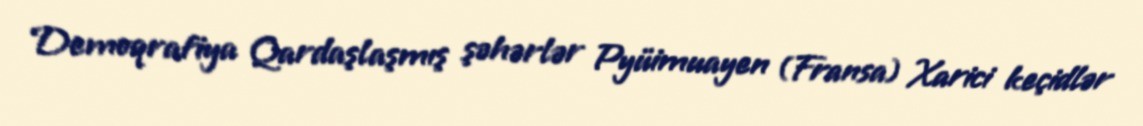
Demoqrafiya Qardaşlaşmış şəhərlər Pyüimuayen (Fransa) Xarici keçidlər